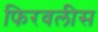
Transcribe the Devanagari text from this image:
फिरवलीस